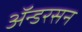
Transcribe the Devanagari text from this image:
ॲन्डरसन